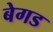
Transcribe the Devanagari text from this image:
बेगड